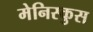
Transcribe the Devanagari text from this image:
मेनिस्कुस